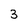
Character: 3